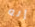
إنه